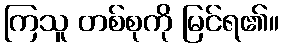
ကြသူ တစ်စုကို မြင်ရ၏။